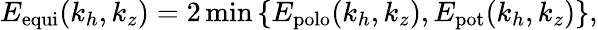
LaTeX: E_{\mathrm{equi}}(k_{h},k_{z})=2\operatorname*{min}\left\{ E_{\mathrm{polo}}(k_{h},k_{z}),E_{\mathrm{pot}}(k_{h},k_{z})\right\} ,